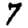
Digit: 7